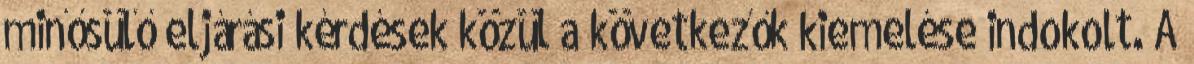
minősülő eljárási kérdések közül a következők kiemelése indokolt. A